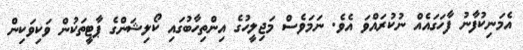
އެމަނިކުފާނު ފާހަގައެއް ނުކުރައްވަ އެވެ. ނަމަވެސް މަޖިލީހުގެ އިންތިހާބުގައި ކޯލިޝަންގެ ޕާޓީތަކުން ވަކިވަކިން